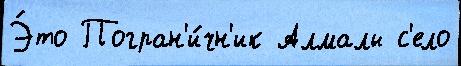
Э́то Погран'и́чн'ик Алмалы с'ело